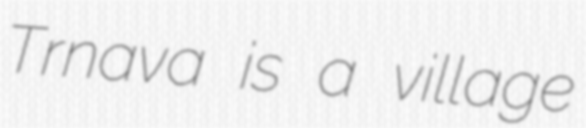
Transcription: Trnava is a village